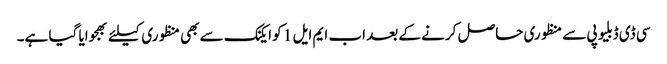
سی ڈی ڈبلیو پی سے منظوری حاصل کرنے کے بعد اب ایم ایل 1 کو ایکنک سے بھی منظوری کیلئے بھجوایا گیا ہے۔